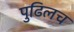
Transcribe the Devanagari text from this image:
पुढिलच